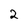
Character: 2